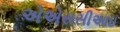
એએસસીઆઇ